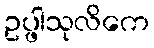
ဥပ္ဖါသုလိကေ